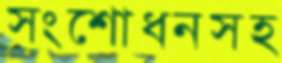
সংশোধনসহ